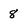
Character: 8